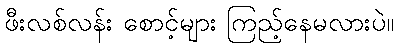
ဖီးလစ်လန်း စောင့်များ ကြည့်နေမလားပဲ။